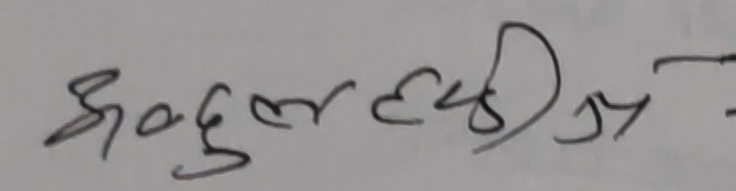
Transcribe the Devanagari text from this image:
अब्दुल हदीयन